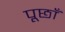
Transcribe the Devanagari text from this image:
पूछाँ